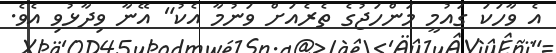
އެ ވާހަކަ ގައުމީ މަންހަޖުގެ ތެރެއަށް ވަނުމާ އެކު" އޭނާ ވިދާޅުވި އެވެ.